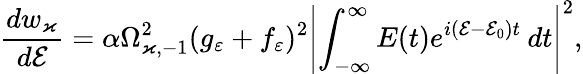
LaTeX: \frac{dw_{\varkappa}}{d\mathcal{E}}=\alpha\Omega_{\varkappa,-1}^{2}(g_{\varepsilon}+f_{\varepsilon})^{2}\left|\int_{-\infty}^{\infty}E(t)e^{i(\mathcal{E}-\mathcal{E}_{0})t}\: dt\right|^{2},